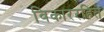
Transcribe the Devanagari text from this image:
विकाररहित